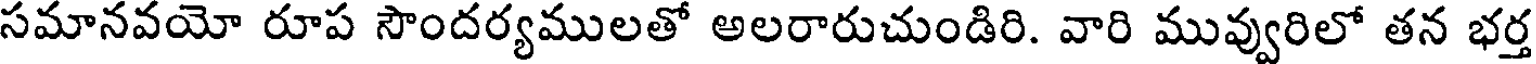
సమానవయో రూప సౌందర్యములతో అలరారుచుండిరి. వారి మువ్వురిలో తన భర్త